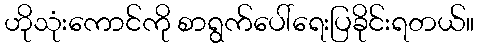
ဟိုသုံးကောင်ကို စာရွက်ပေါ်ရေးပြခိုင်းရတယ်။